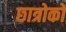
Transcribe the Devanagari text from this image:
छात्रोको